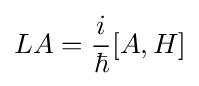
LA={\frac {i}{\hbar }}[A,H]